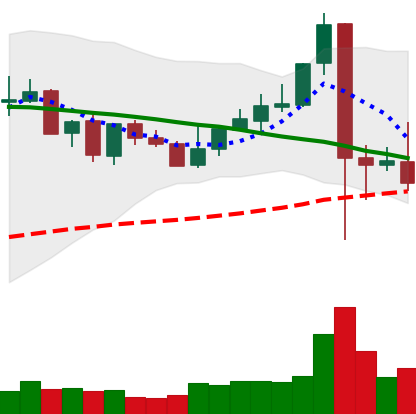
Ticker: XLM-USD
Chart end date: 2021-09-10
Forward return: 7.567%
Label: up_7plus